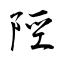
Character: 陘